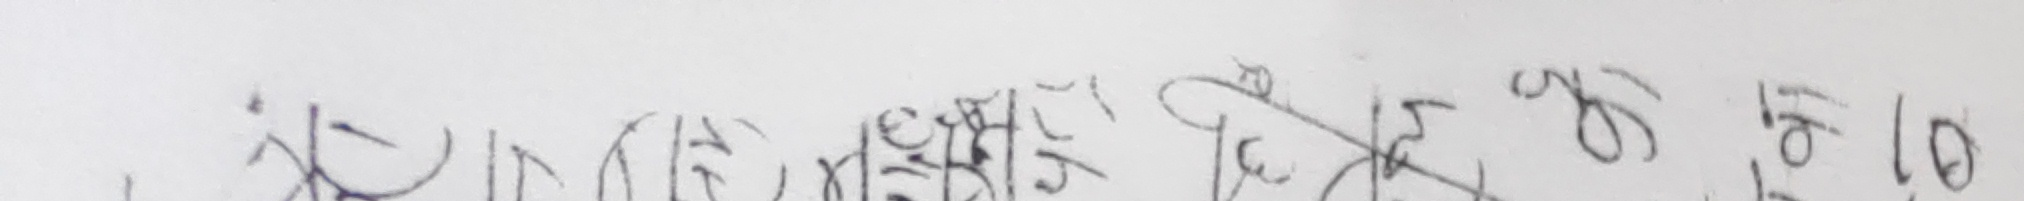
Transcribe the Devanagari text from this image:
वि०स० २०७९ फागुन २१ गते रोज १०